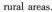
rural areas.